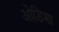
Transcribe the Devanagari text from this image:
ओडिशा